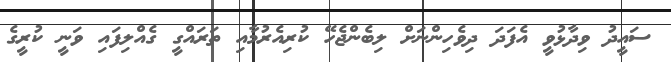
ސައީދު ވިދާޅުވީ އެފަދަ ދިވެހިންނަށް ލިބެންޖެހޭ ކުރިއެރުމާއި ތަރައްގީ ގެއްލިފައި ވަނީ ކުރީގެ